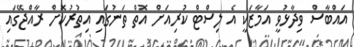
އައްބާސް ވިދާޅުވީ އަމާޒަކީ އެ ލިސްޓް ކުރިއަށް އޮތް ތަނުގައި އިތުރުކޮށް ރާއްޖޭގައި